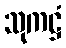
သုကဋ္ဌံ